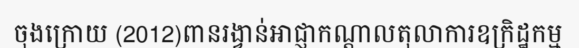
ចុងក្រោយ (2012)ពានរង្វាន់អាជ្ញាកណ្តាលតុលាការឧក្រិដ្ឋកម្ម